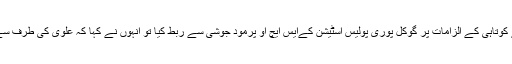
اس سلسلہ میں جب فرسٹ پوسٹ ڈاٹ کام نے پولیس کی طرف سے کوتاہی کے الزامات پر گوکل پوری پولیس اسٹیشن کےایس ایچ او پرمود جوشی سے ربط کیا تو انہوں نے کہا کہ علوی کی طرف سے کی جانے والی شکایات کے متعلق انہیں جانکاری نہیں ملی تھی۔